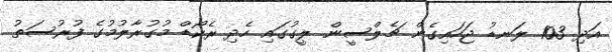
އަދި 103 ލަނޑު ޖަހައިގެން ޗެލްސީން ލީގުގައި ހެދި ރެކޯޑް މުގުރާލުމުގެ ފުރުސަތު